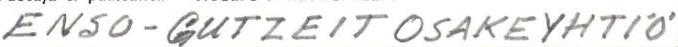
ENSO-GUTZEIT OSAKEYHTIÖ